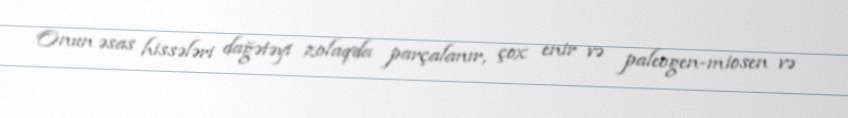
Onun əsas hissələri dağətəyi zolaqda parçalanır, çox enir və paleogen-miosen və